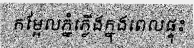
កម្អែលភ្នំភ្លើងក្នុងពេលផ្ទុះ